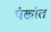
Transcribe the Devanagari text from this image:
पंखांत